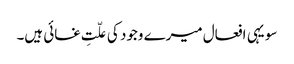
سو یہی افعال میرے وجود کی علّتِ غائی ہیں۔